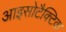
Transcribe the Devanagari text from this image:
आइसोटैक्टिक